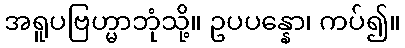
အရူပဗြဟ္မာဘုံသို့။ ဥပပန္နော၊ ကပ်၍။